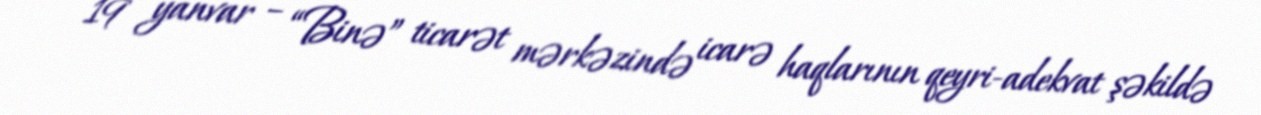
19 yanvar – “Binə” ticarət mərkəzində icarə haqlarının qeyri-adekvat şəkildə